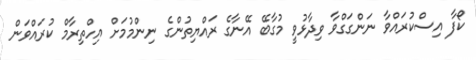
ކޯފާ އިސްކުރައްވާ ނަންގަގްވާ ވިދާޅުވީ މުގާބޭ އޭނާގެ ރައްޔިތުންގެ ނިންމުމަށް އިހްތިރާމް ކުރައްވަން